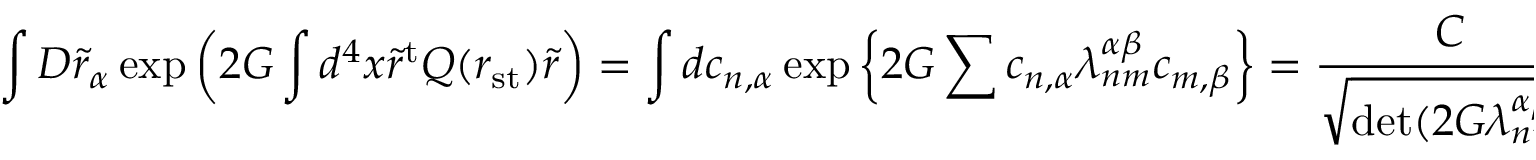
\int { \cal D } \tilde { r } _ { \alpha } \exp \left( 2 G \int d ^ { 4 } x \tilde { r } ^ { \mathrm { t } } Q ( r _ { \mathrm { s t } } ) \tilde { r } \right) = \int d c _ { n , \alpha } \exp \left\{ 2 G \sum c _ { n , \alpha } \lambda _ { n m } ^ { \alpha \beta } c _ { m , \beta } \right\} = \frac { C } { \sqrt { \operatorname * { d e t } ( 2 G \lambda _ { n m } ^ { \alpha \beta } ) } } .